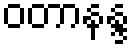
ဝတာနန္ဒ